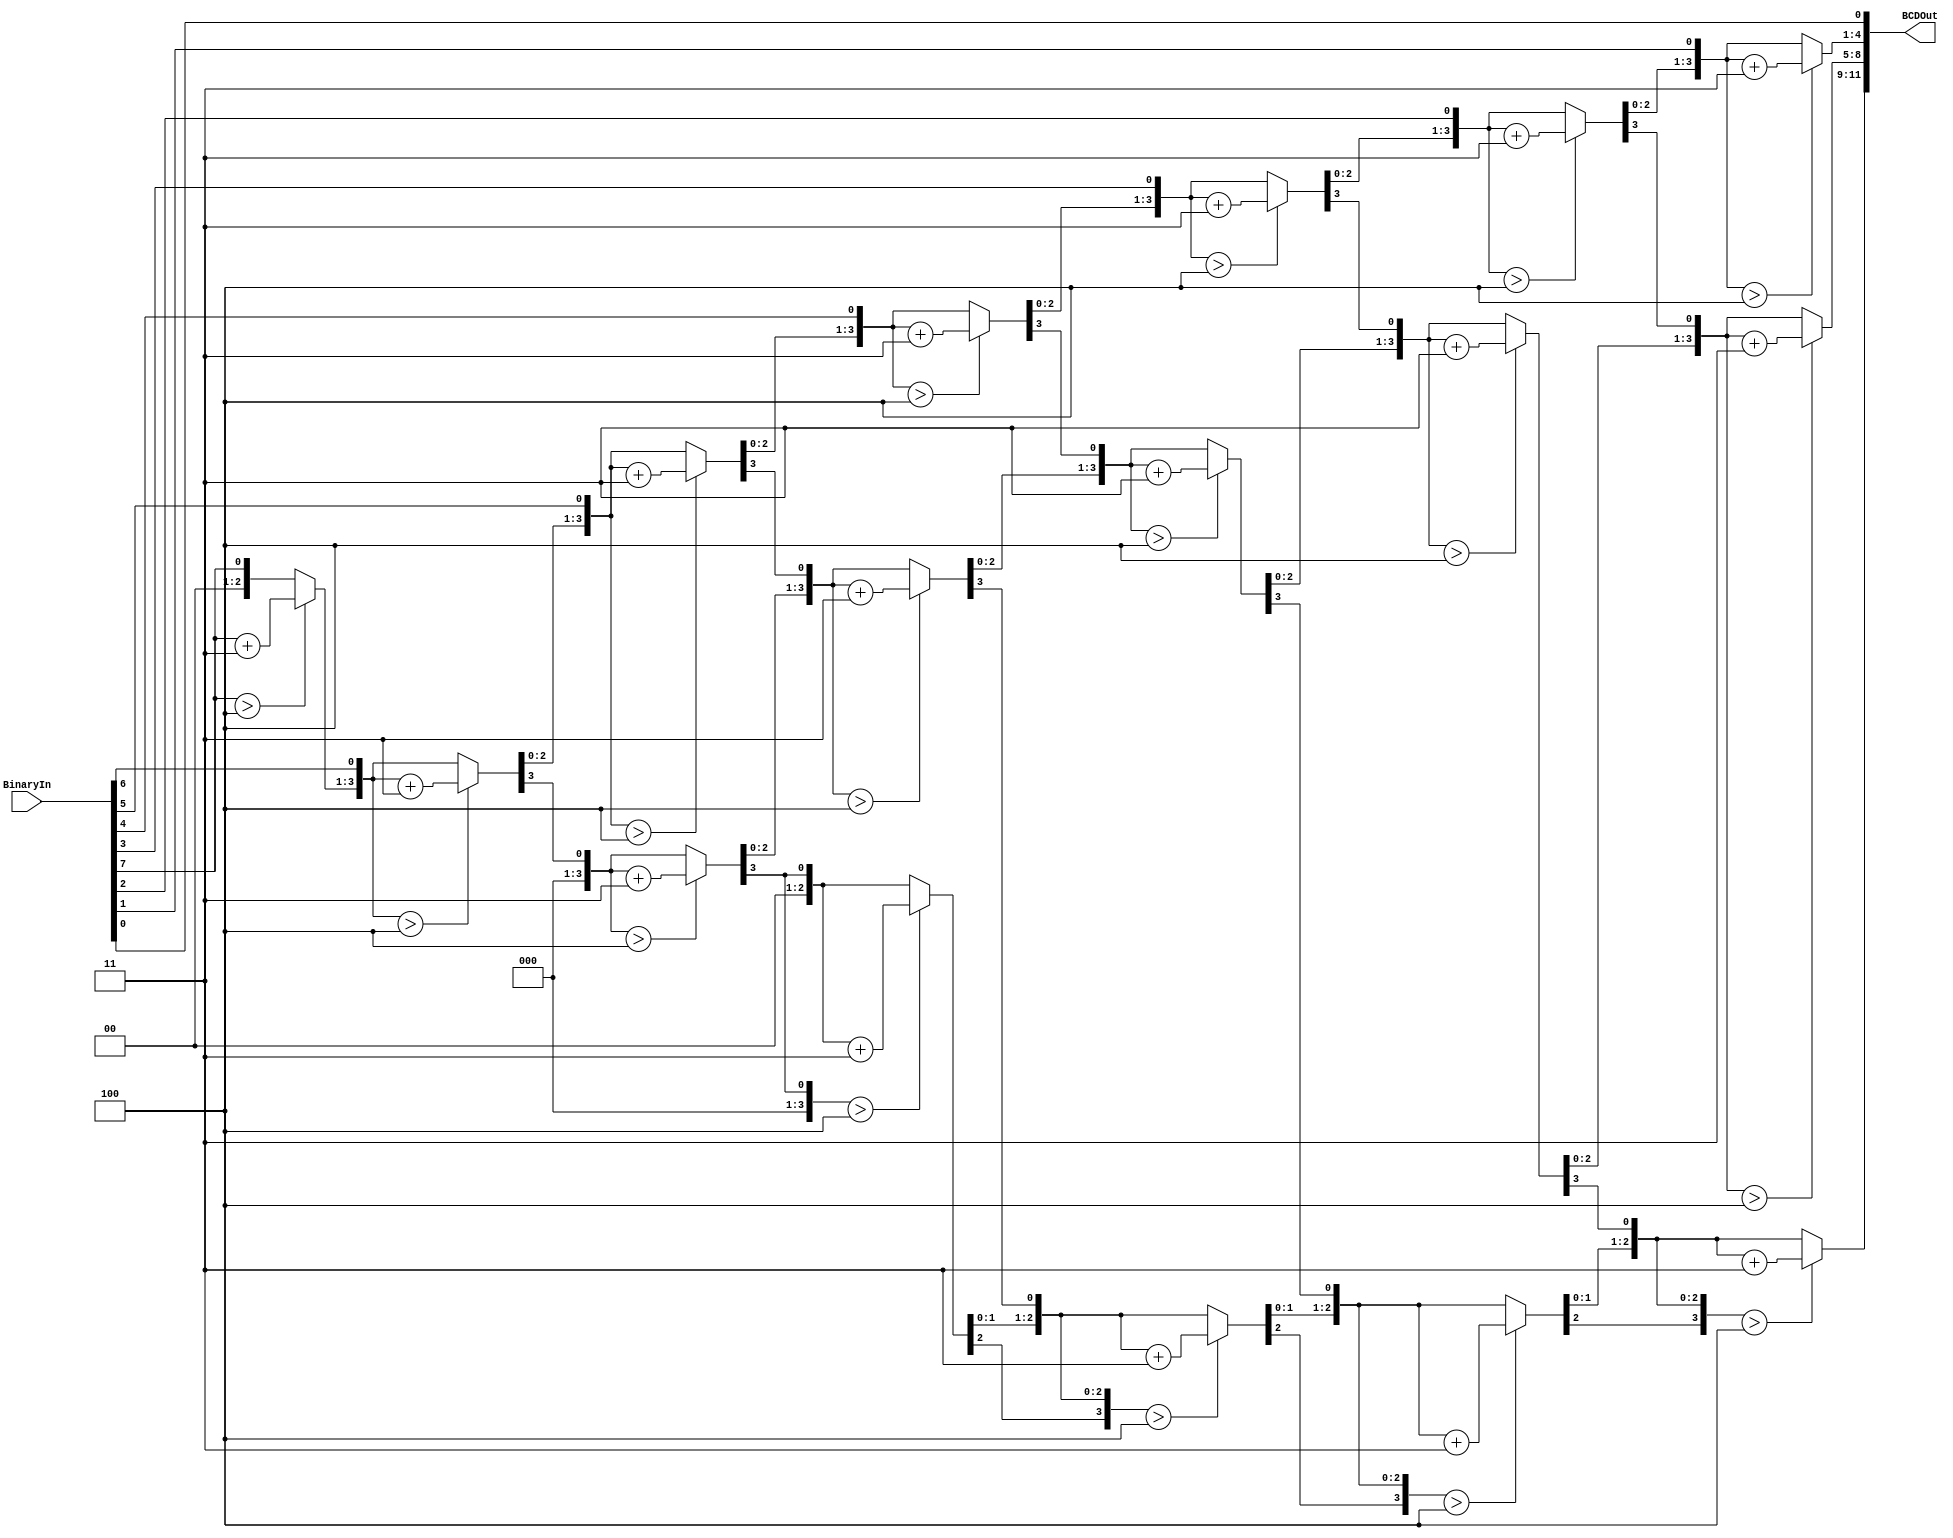
/*
	BCDEncoder
	-----------------
	By Doctor Z. Zhang
	
	Module Description:
	-------------------------
	Used to convert number to BCD code.
*/
 module BCDEncoder( //812BCD
    input [7:0] BinaryIn, //8 0-255
    output reg [11:0] BCDOut //4[11:8],[7:4],[3:0]
    );

    
reg [3:0] i;   
     

always @(BinaryIn)
  begin
		BCDOut = 0; 
		for (i = 4'd0; i < 4'd8; i = i+4'd1) begin
		 BCDOut = {BCDOut[10:0],BinaryIn[7-i]}; 
			  
		 if(i < 7 && BCDOut[3:0] > 4) 
			  BCDOut[3:0] = BCDOut[3:0] + 4'd3;
		 if(i < 7 && BCDOut[7:4] > 4)
			  BCDOut[7:4] = BCDOut[7:4] + 4'd3;
		 if(i < 7 && BCDOut[11:8] > 4)
			  BCDOut[11:8] = BCDOut[11:8] + 4'd3;  
		end
end     
				 
endmodule